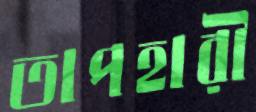
তাপহারী